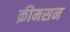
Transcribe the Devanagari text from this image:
क्रीमसन